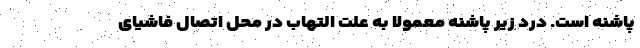
پاشنه است. درد زیر پاشنه معمولا به علت التهاب در محل اتصال فاشیای